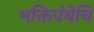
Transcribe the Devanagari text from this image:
भक्तिपंथेचि